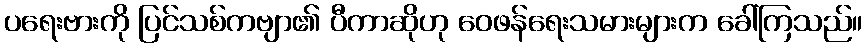
ပရေးဗားကို ပြင်သစ်ကဗျာ၏ ပီကာဆိုဟု ဝေဖန်ရေးသမားများက ခေါ်ကြသည်။